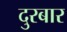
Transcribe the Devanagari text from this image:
दुरबार